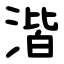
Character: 湝